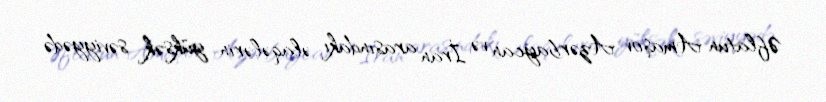
Əflatun Amaşov Azərbaycan və İran arasındakı əlaqələrin yüksək səviyyədə